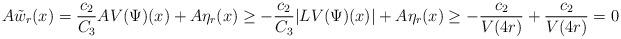
LaTeX: \begin{align*}A\tilde{w}_r(x) = \frac{c_2}{C_3} AV(\Psi)(x) + A\eta_r(x) \ge - \frac{c_2}{C_3} |LV(\Psi)(x)| + A\eta_r(x) \ge -\frac{c_2}{V(4r)} + \frac{c_2}{V(4r)} = 0 \end{align*}